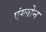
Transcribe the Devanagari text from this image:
एंग्लोन